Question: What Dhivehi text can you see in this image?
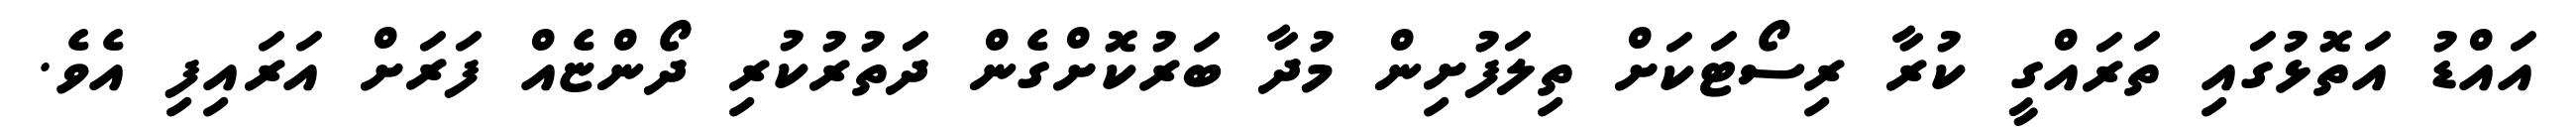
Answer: އައްޑު އަތޮޅުގައި ތަރައްގީ ކުރާ ރިސޯޓަކަށް ތިލަފުށިން މުދާ ބަރުކޮށްގެން ދަތުރުކުރި ދޯންޏެއް ފަރަށް އަރައިފި އެވެ.